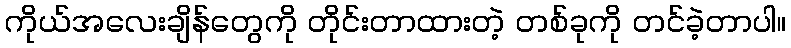
ကိုယ်အလေးချိန်တွေကို တိုင်းတာထားတဲ့ တစ်ခုကို တင်ခဲ့တာပါ။